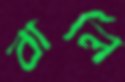
বার্লি